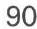
90